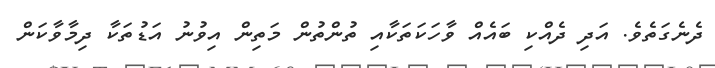
ދެނެގަތެވެ. އަދި ދެއްކި ބައެއް ވާހަކަތަކާއި ތުންތުން މަތިން އިވުނު އަޑުތަކާ ދިމާވާކަން